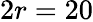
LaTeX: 2r=20